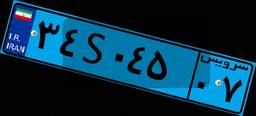
۲۵S۰۵۲۵۲